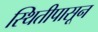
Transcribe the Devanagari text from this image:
स्थितीपासून